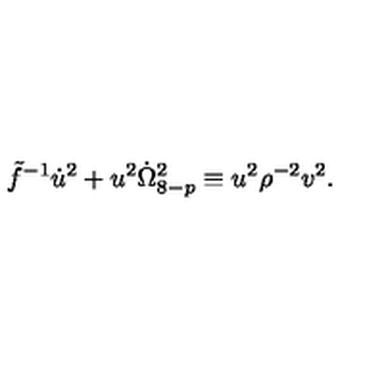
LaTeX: \tilde { f } ^ { - 1 } \dot { u } ^ { 2 } + u ^ { 2 } \dot { \Omega } _ { 8 - p } ^ { 2 } \equiv u ^ { 2 } { \rho } ^ { - 2 } v ^ { 2 } .